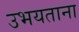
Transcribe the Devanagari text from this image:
उभयताना